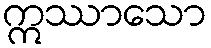
ဣဿာသော